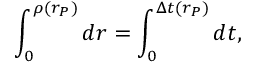
\int _ { 0 } ^ { \rho ( r _ { P } ) } d r = \int _ { 0 } ^ { \Delta t ( r _ { P } ) } d t ,